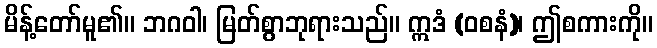
မိန့်တော်မူ၏။ ဘဂဝါ၊ မြတ်စွာဘုရားသည်။ ဣဒံ (ဝစနံ)၊ ဤစကားကို။